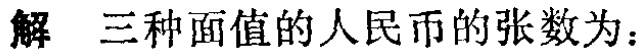
解 三种面值的人民币的张数为：